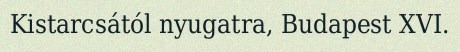
Kistarcsától nyugatra, Budapest XVI.